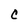
Character: C